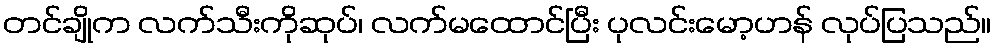
တင်ချိုက လက်သီးကိုဆုပ်၊ လက်မထောင်ပြီး ပုလင်းမော့ဟန် လုပ်ပြသည်။